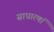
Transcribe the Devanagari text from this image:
साधारणां